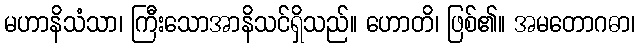
မဟာနိသံသာ၊ ကြီးသောအာနိသင်ရှိသည်။ ဟောတိ၊ ဖြစ်၏။ အမတောဂဓာ၊